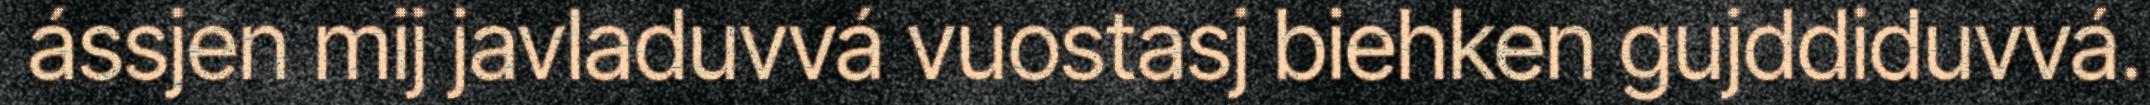
ássjen mij javladuvvá vuostasj biehken gujddiduvvá.